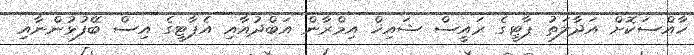
ޚާއްސަކޮށް އަދާލަތު ޕާޓީގެ ރައީސް ޝައިޚް އިމްރާން އަބްދުއާއި އެޕާޓީގެ އިސް ބޭފުޅުންނާއި